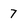
Character: 7